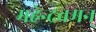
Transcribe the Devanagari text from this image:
महेन्द्रवमन्